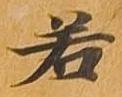
若